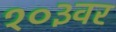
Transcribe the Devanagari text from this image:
१०३वर